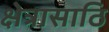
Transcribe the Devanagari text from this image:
क्षेत्रासाठि